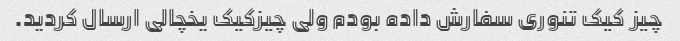
چیز کیک تنوری سفارش داده بودم ولی چیزکیک یخچالی ارسال کردید.